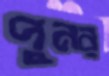
পুনর